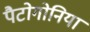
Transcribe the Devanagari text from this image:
पैटोगोनिया